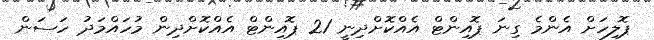
ޕޮލިހަށް އެންމެ ގިނަ ޕޮއިންޓް އެއްކޮށްދިނީ 21 ޕޮއިންޓް އެއްކޮށްދިން މުހައްމަދު ހަސަން